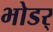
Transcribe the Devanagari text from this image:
भोडर्